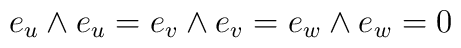
e_u\wedge e_u=e_v\wedge e_v=e_w\wedge e_w=0